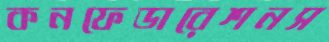
কনফেডারেশনস